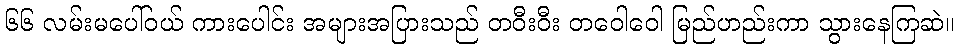
၆၆ လမ်းမပေါ်ဝယ် ကားပေါင်း အများအပြားသည် တဝီးဝီး တဝေါဝေါ မြည်ဟည်းကာ သွားနေကြဆဲ။